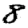
Digit: 8